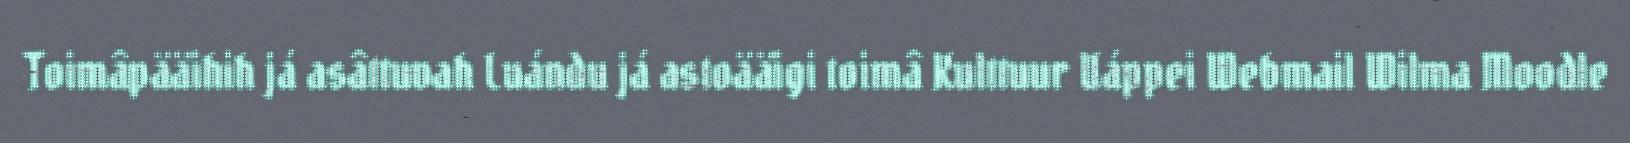
Toimâpääihih já asâttuvah Luándu já astoääigi toimâ Kulttuur Uáppei Webmail Wilma Moodle